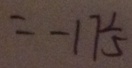
= - 1 7 \frac { 1 } { 5 }